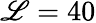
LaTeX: \mathscr{L}=40